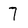
Character: 7